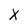
Character: X